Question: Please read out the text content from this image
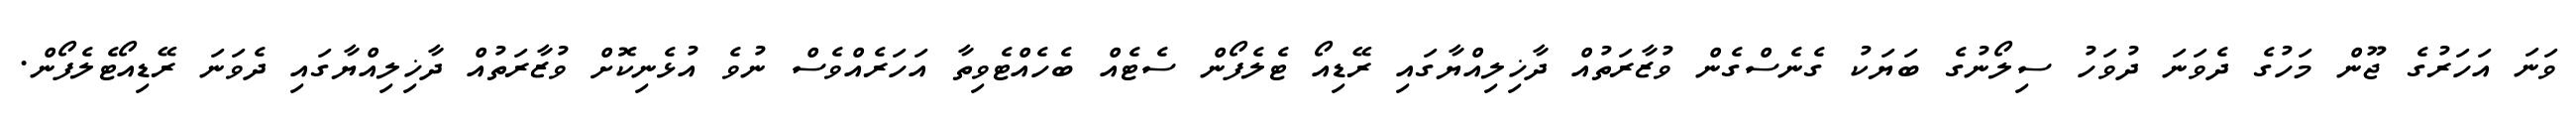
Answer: ވަނަ އަހަރުގެ ޖޫން މަހުގެ ދެވަނަ ދުވަހު ސިލޯނުގެ ބަޔަކު ގެނެސްގެން ވުޒާރަތުއް ދާޚިލިއްޔާގައި ރޭޑިއޯ ޓެލެފޯން ސެޓެއް ބެހެއްޓެވިތާ އަހަރެއްވެސް ނުވެ އުޅެނިކޮށް ވުޒާރަތުއް ދާޚިލިއްޔާގައި ދެވަނަ ރޭޑިއޯޓެލެފޯން.